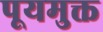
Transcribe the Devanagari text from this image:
पूयमुक्त